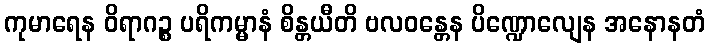
ကုမာရေန ဝိရာဂဉ္စ ပရိကမ္မာနံ စိန္တယီတိ ဗလဝန္တေန ပိဏ္ဍောလျေန အနောနတံ